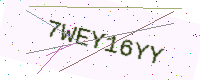
Text: 7WEY16YY